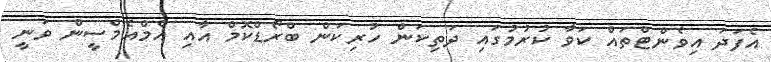
އެފަދަ އިވެންޓްތައް ކަވާ ކުރުމުގައި ދަތިކަން ހުރިކަން ބްރޯޑްކޮމް އާއި އެމްއެމްސީން ވަނީ